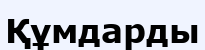
Құмдарды